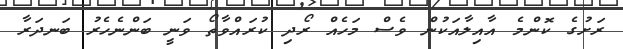
ރަށުގެ ކޮންމެ އާއިލާއަކުން ވެސް މަހެއް ރޯދި ކުރައްވާތޯ ވަނީ ބަންނެހެރު ބަނދަރާ